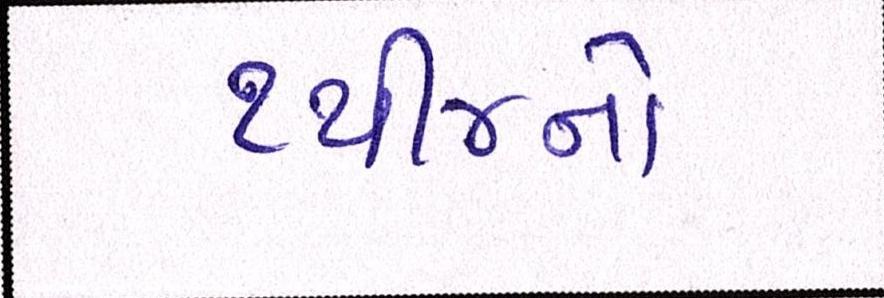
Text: ૧થી૪નો